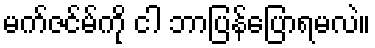
မက်ဇင်မ်ကို ငါ ဘာပြန်ပြောရမလဲ။